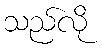
သည်လို